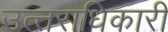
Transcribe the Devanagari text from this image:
उत्‍तराधिकारी